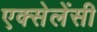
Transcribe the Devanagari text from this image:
एक्सेलेंसी